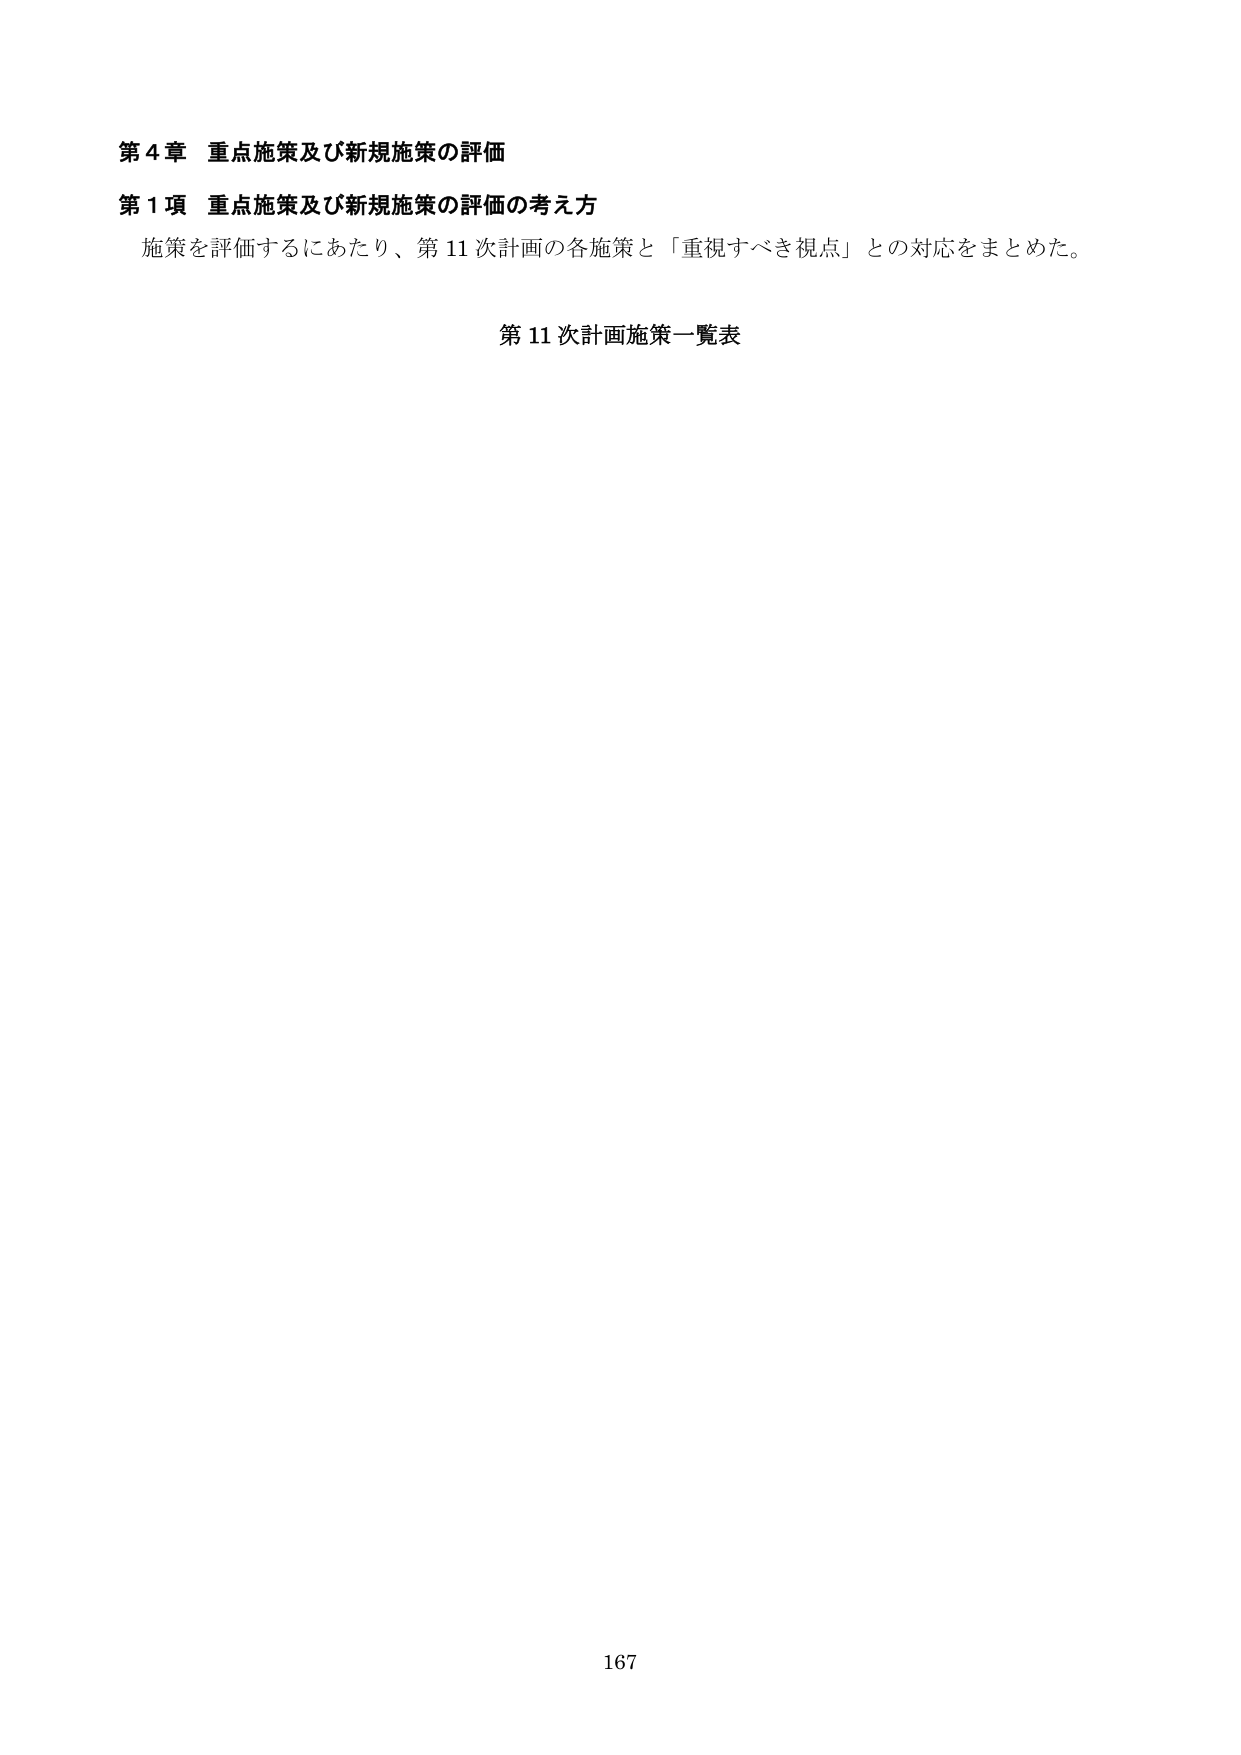
第４章 重点施策及び新規施策の評価
第１項 重点施策及び新規施策の評価の考え方
施策を評価するにあたり、第11次計画の各施策と「重視すべき視点」との対応をまとめた。
第11次計画施策一覧表
167